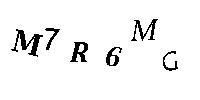
M7R6MG